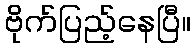
ဗိုက်ပြည့်နေပြီ။